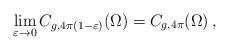
LaTeX: \begin{align*}\lim_{\varepsilon\to 0}C_{g,4\pi(1-\varepsilon)}(\Omega)= C_{g,4\pi}(\Omega)\,,\end{align*}